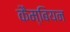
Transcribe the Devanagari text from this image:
कैम्बियन